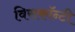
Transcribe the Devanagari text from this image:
विसकॉन्टी